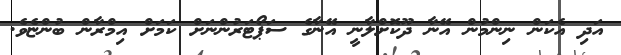
އަދި އެކަން ނިންމުން އޭނާ ދޫކޮށްލާނީ އޭނާގެ ސަޕޯޓަރުންނަށް ކަމަށް އިމްރާން ބުންޏެެވެ.